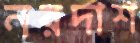
নরদাশ